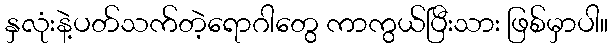
နှလုံးနဲ့ပတ်သက်တဲ့ရောဂါတွေ ကာကွယ်ပြီးသား ဖြစ်မှာပါ။